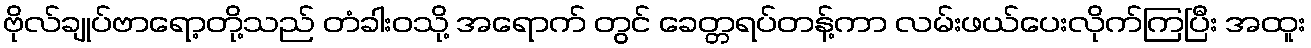
ဗိုလ်ချုပ်ဗာရော့တို့သည် တံခါးဝသို့ အရောက် တွင် ခေတ္တရပ်တန့်ကာ လမ်းဖယ်ပေးလိုက်ကြပြီး အထူး